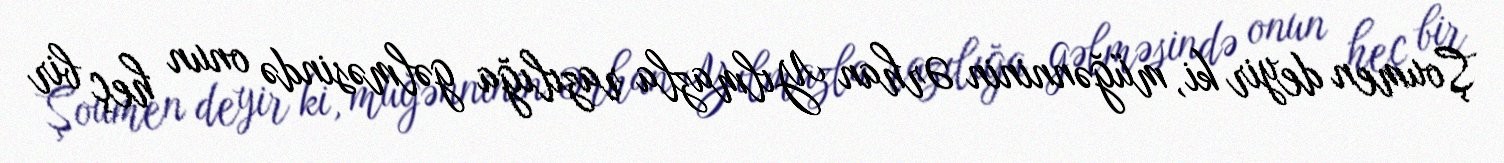
Şoumen deyir ki, müğənninin Ərhan Yılmazla razılığa gəlməsində onun heç bir